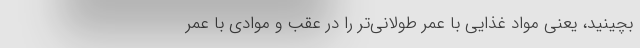
بچینید، یعنی مواد غذایی با عمر طولانی‌تر را در عقب و موادی با عمر